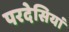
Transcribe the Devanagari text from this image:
परदेसियां